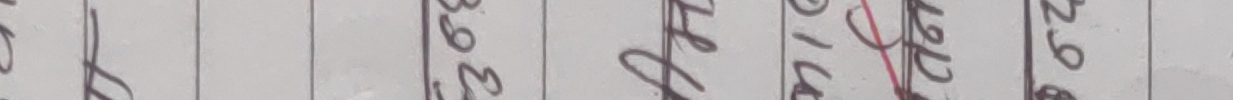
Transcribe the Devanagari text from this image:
298
०१६
क्ले